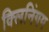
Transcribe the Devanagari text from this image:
क्लिनिंगग